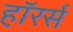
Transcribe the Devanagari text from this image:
हॉरर्स